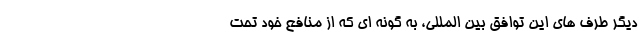
دیگر طرف های این توافق بین المللی، به گونه ای که از منافع خود تحت